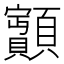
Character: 𩕽